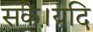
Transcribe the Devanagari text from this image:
सकें।यदि